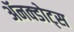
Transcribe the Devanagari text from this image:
ॲनक्डोट्स